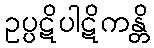
ဥပ္ပဋိပါဋိကန္တိ